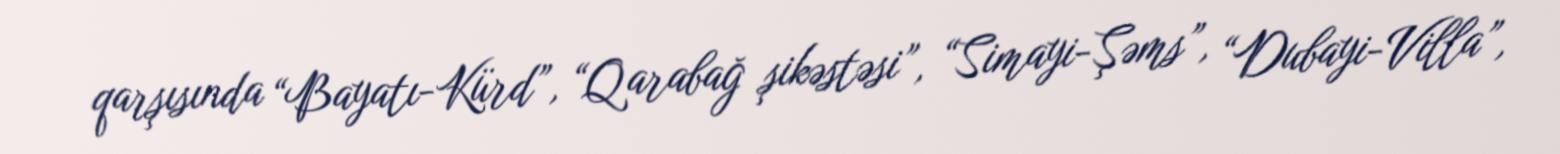
qarşısında “Bayatı-Kürd”, “Qarabağ şikəstəsi”, “Simayi-Şəms”, “Dubayi-Villa”,